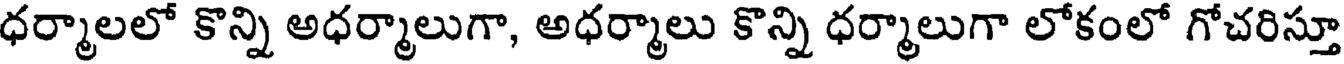
ధర్మాలలో కొన్ని అధర్మాలుగా, అధర్మాలు కొన్ని ధర్మాలుగా లోకంలో గోచరిస్తూ